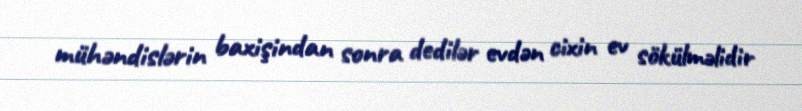
mühəndislərin baxişindan sonra dedilər evdən cixin ev sökülməlidir